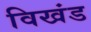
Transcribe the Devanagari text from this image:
विखंड